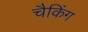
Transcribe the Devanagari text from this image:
चैकिंग